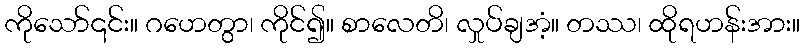
ကိုသော်၎င်း။ ဂဟေတွာ၊ ကိုင်၍။ စာလေတိ၊ လှုပ်ချအံ့။ တဿ၊ ထိုရဟန်းအား။